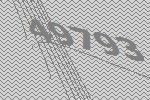
49793